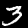
Digit: 3